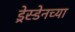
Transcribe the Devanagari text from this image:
ड्रेस्डेनच्या